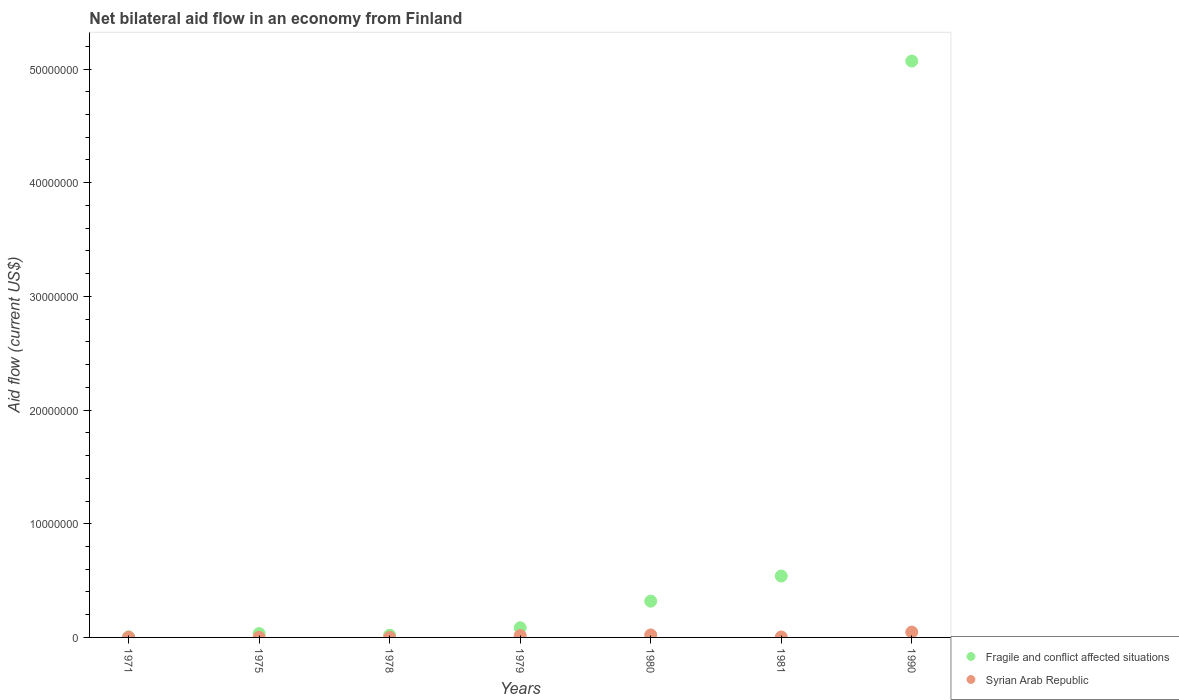
| Years | Fragile and conflict affected situations | Syrian Arab Republic |
 | --- | --- | --- |
 | 1971 | 5e+04 | 2e+04 |
 | 1975 | 3.4e+05 | 1e+04 |
 | 1978 | 2e+05 | 1e+04 |
 | 1979 | 8.5e+05 | 1.6e+05 |
 | 1980 | 3.19e+06 | 2.2e+05 |
 | 1981 | 5.4e+06 | 4e+04 |
 | 1990 | 5.07e+07 | 4.7e+05 |